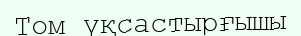
Том үқсастырғышы